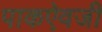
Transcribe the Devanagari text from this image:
पाकऐवजी